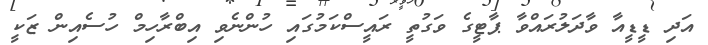
އަދި ޑީޑީއާ ވާދަލުރައްވާ ޕާޓީގެ ވަގުތީ ރައީސްކަމުގައި ހުންނެވި އިބްރާހިމް ހުސެއިން ޒަކީ